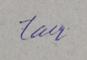
Signature authenticity: genuine